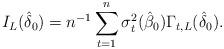
LaTeX: \begin{align*}I_{L}(\hat \delta_0) = n^{-1}\sum_{t=1}^n \sigma_{t}^2(\hat \beta_0)\Gamma_{t,L}(\hat\delta_0).\end{align*}